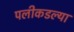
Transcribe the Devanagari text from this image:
पलीकडल्या